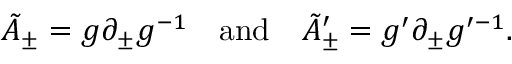
\tilde { A } _ { \pm } = g \partial _ { \pm } g ^ { - 1 } \quad \mathrm { a n d } \quad \tilde { A } _ { \pm } ^ { \prime } = g ^ { \prime } \partial _ { \pm } g ^ { \prime - 1 } .